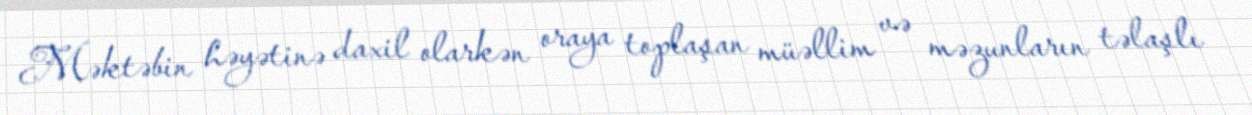
Məktəbin həyətinə daxil olarkən oraya toplaşan müəllim və məzunların təlaşlı